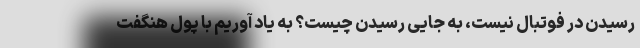
رسیدن در فوتبال نیست، به جایی رسیدن چیست؟ به یاد آوریم با پول هنگفت